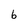
Character: 6